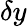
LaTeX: \delta y